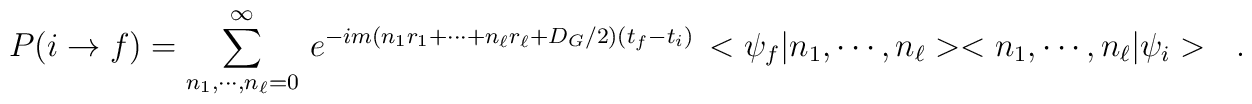
P(i\rightarrow f)=\sum_{n_1,\cdots,n_\ell=0}^\infty\,e^{-im(n_1r_1+\cdots +n_\ell r_\ell+D_G/2)(t_f-t_i)}\,<\psi_f|n_1,\cdots,n_\ell><n_1,\cdots,n_\ell|\psi_i>\ \ \ .